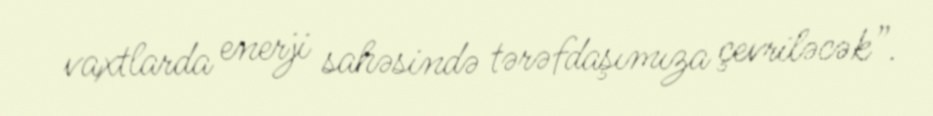
vaxtlarda enerji sahəsində tərəfdaşımıza çevriləcək”.